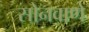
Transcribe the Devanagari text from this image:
सोनवाणे